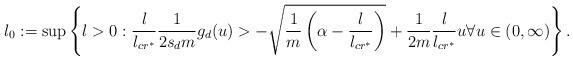
LaTeX: \begin{align*} l_0:=\sup\left\{l>0:\frac{l}{l_{cr^*}}\frac{1}{2s_d m}g_d(u)>-\sqrt{\frac{1}{m}\left(\alpha-\frac{l}{l_{cr^*}}\right)}+\frac{1}{2m}\frac{l}{l_{cr^*}}u \forall u\in(0,\infty)\right\}. \end{align*}